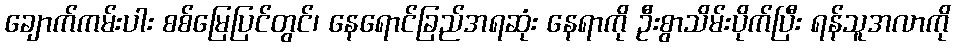
ချောက်ကမ်းပါး စစ်မြေပြင်တွင်၊ နေရောင်ခြည်အရဆုံး နေရာကို ဦးစွာသိမ်းပိုက်ပြီး ရန်သူအလာကို